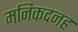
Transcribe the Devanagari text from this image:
मनिकदनह